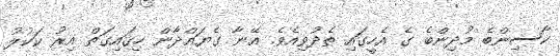
ކާސިންބެ މުދިންބެ ގެ އެހީގައި ތެދުވިއެވެ. އޭނާ ގެޔައްދާން ހިގައިގަތް އިރު ކަކުލު